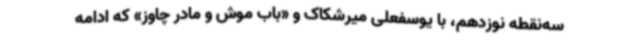
سه‌نقطه نوزدهم، با یوسفعلی میرشکاک و «باب موش و مادر چاوز» که ادامه